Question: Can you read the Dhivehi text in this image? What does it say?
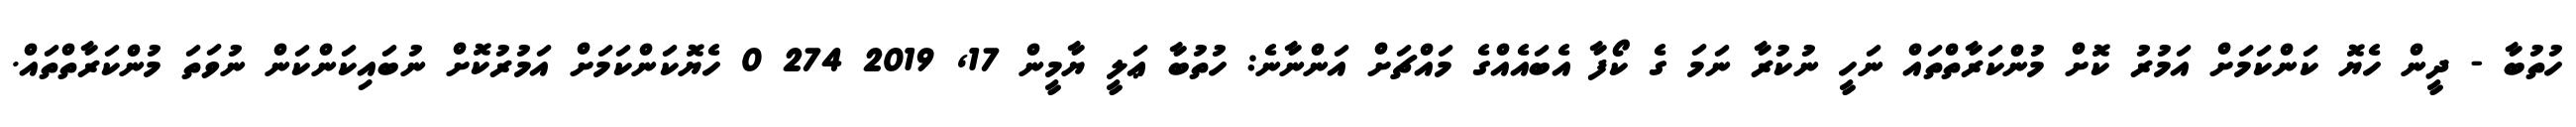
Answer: ހުތުބާ - ދީން ހެޔޮ ކަންކަމަށް އަމުރު ކޮށް މުންކަރާތްތައް ނަހީ ނުކުރާ ނަމަ ގެ ކޯފާ އެބައެއްގެ މައްޗަށް އަންނާނެ: ހުތުބާ ޢަލީ ޔާމީން 17, 2019 274 0 ހެޔޮކަންކަމަށް އަމުރުކޮށް ނުބައިކަންކަން ނުވަތަ މުންކަރާތްތައް.